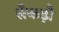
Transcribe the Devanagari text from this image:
सैकड़ौ